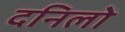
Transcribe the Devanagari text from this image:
दनिलो